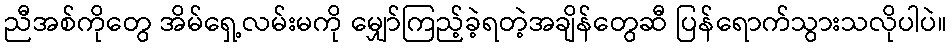
ညီအစ်ကိုတွေ အိမ်ရှေ့လမ်းမကို မျှော်ကြည့်ခဲ့ရတဲ့အချိန်တွေဆီ ပြန်ရောက်သွားသလိုပါပဲ။